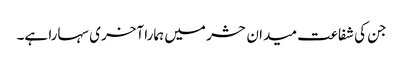
جن کی شفاعت میدان حشر میں ہمارا آخری سہارا ہے۔